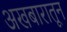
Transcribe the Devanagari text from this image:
अखबारातून